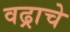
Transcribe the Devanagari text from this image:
वढ्राचे